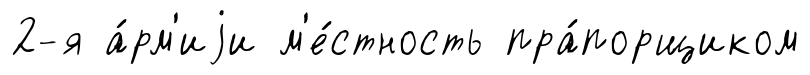
2-я а́рм'иjи м'е́стность пра́порщиком